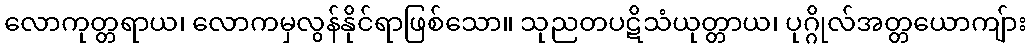
လောကုတ္တရာယ၊ လောကမှလွန်နိုင်ရာဖြစ်သော။ သုညတပဋိသံယုတ္တာယ၊ ပုဂ္ဂိုလ်အတ္တယောကျ်ား